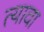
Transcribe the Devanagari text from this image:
त्यावा